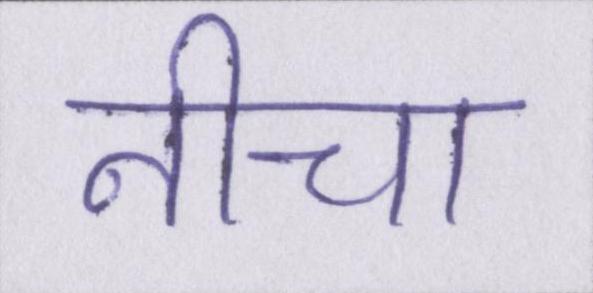
नीचा